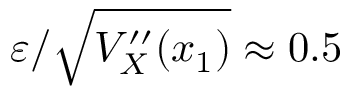
\varepsilon / \sqrt { V _ { X } ^ { \prime \prime } ( x _ { 1 } ) } \approx 0 . 5